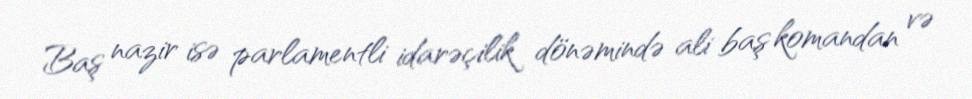
Baş nazir isə parlamentli idarəçilik dönəmində ali baş komandan və